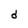
Character: d